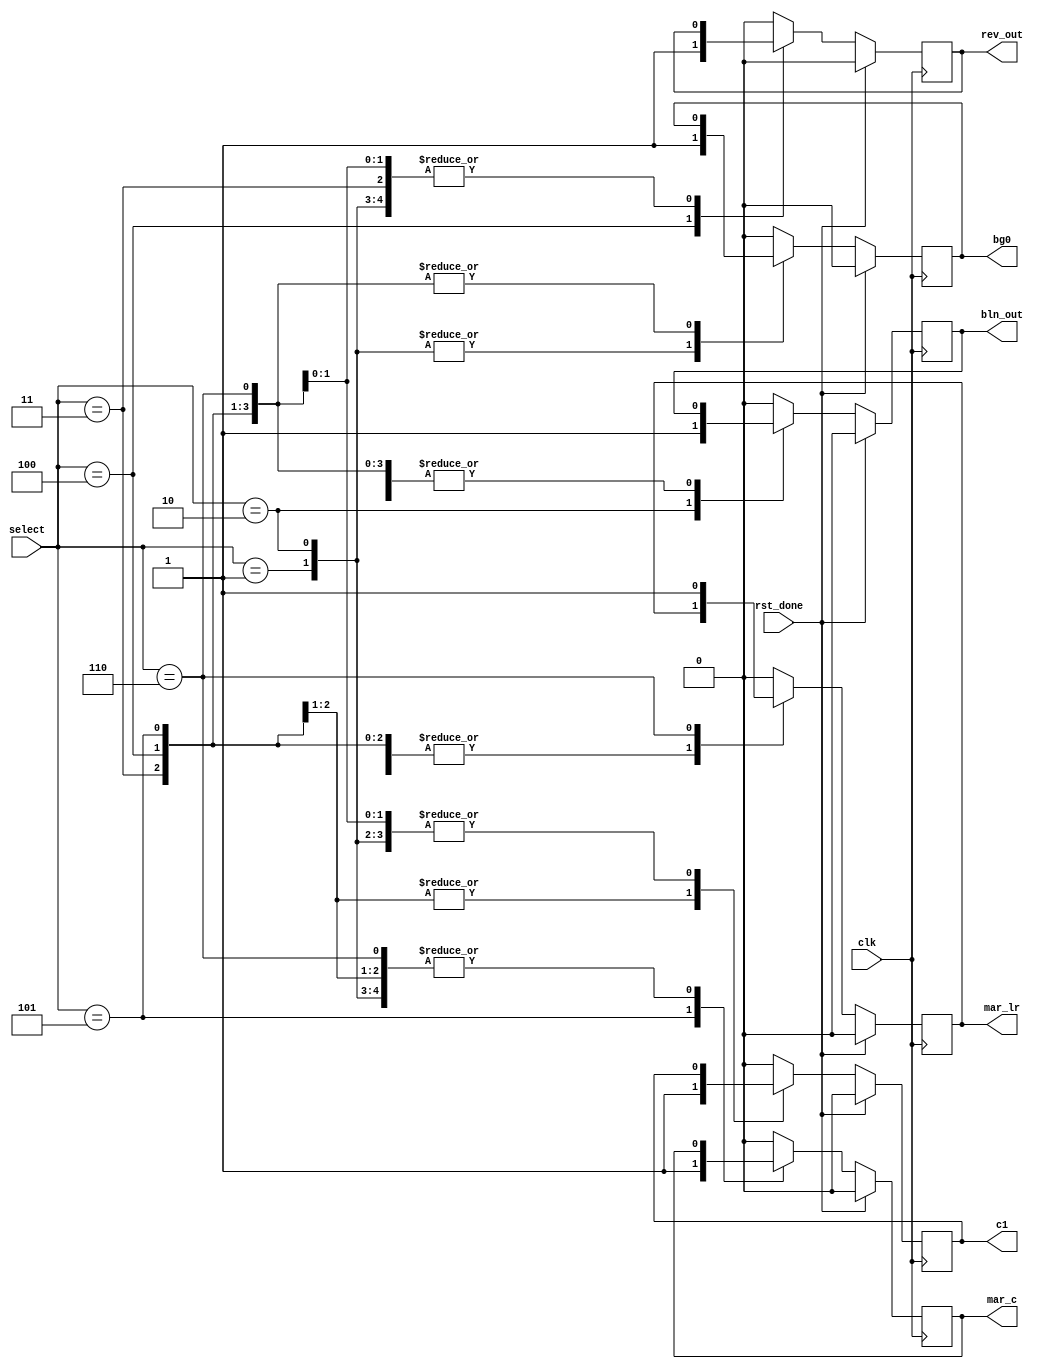
`timescale 1ns / 1ps
//////////////////////////////////////////////////////////////////////////////////
// Company: 
// Engineer: 
// 
// Design Name: 
// Module Name: control
// Project Name: 
// Target Devices: 
// Tool Versions: 
// Description: 
// 
// Dependencies: 
// 
// Revision:
// Revision 0.01 - File Created
// Additional Comments:
// 
//////////////////////////////////////////////////////////////////////////////////

/*Control Unit
00 : Normal Operation
01 : blanket 0
02 : blanket 1
03 : march C
04 : march LR

*/
module control(
    input [3:0] select,
    input clk,rst_done,
    output bg0,c1,mar_c,mar_lr,rev_out,bln_out
    );

reg bg0_sig = 0;
reg c1_sig,mar_c_sig,mar_lr_sig,rev_c1_sig,bln_out_sig = 0;


reg rst_sig =0;
always @(posedge clk ) 
begin
 
case (select)
        1 :begin    //Blanket 0
               bg0_sig = 1;
           end
        2 :begin    //Blanket 1
               bln_out_sig = 1;
               bg0_sig = 1;
           end
        3 :begin    //checkerboard forward
               c1_sig =1;
           end
        4 :begin    //checkerboard reverse
               c1_sig =1;
               rev_c1_sig =1;
           end 
        5 :begin    //March C
               mar_c_sig = 1;
           end 
        6 :begin    //March C
               mar_lr_sig = 1;
           end                        
  default :begin
               bg0_sig = 0;
               c1_sig =0;
               rev_c1_sig =0;
               bln_out_sig = 0;
               mar_c_sig = 0;
               mar_lr_sig =0;
           end
 endcase
 if(rst_done)
begin
               bg0_sig = 0;
               c1_sig =0;
               rev_c1_sig =0;
               bln_out_sig = 0;
               mar_c_sig = 0;
               mar_lr_sig =0;
end 
 
 end 

assign bg0 = bg0_sig;
assign c1 = c1_sig;
assign mar_c = mar_c_sig;
assign mar_lr = mar_lr_sig;
assign rev_out = rev_c1_sig ;
assign bln_out =bln_out_sig;
assign rst = rst_sig;           
endmodule